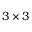
\smash { 3 \times 3 }